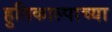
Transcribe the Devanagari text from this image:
हुतिकाल्पाच्या